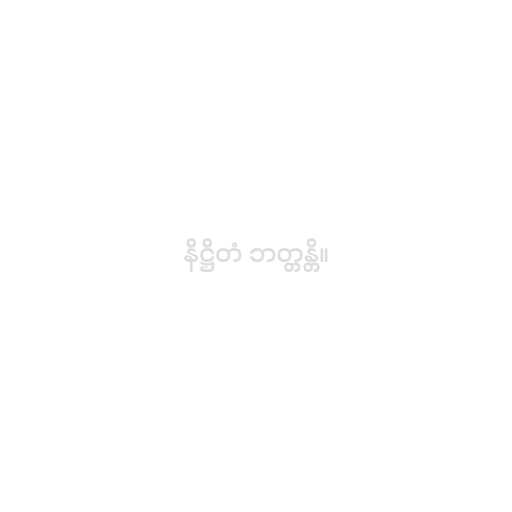
နိဋ္ဌိတံ ဘတ္တန္တိ။